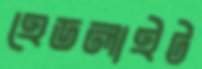
হেডলাইট